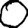
Digit: 0